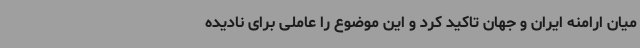
میان ارامنه ایران و جهان تاکید کرد و این موضوع را عاملی برای نادیده